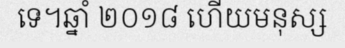
ទេ។ឆ្នាំ ២០១៨ ហើយមនុស្ស